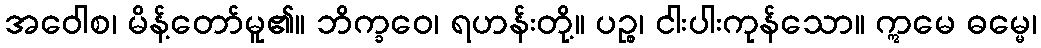
အဝေါစ၊ မိန့်တော်မူ၏။ ဘိက္ခဝေ၊ ရဟန်းတို့။ ပဉ္စ၊ ငါးပါးကုန်သော။ ဣမေ ဓမ္မေ၊